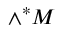
\wedge ^ { * } M